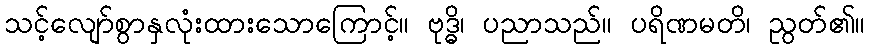
သင့်လျော်စွာနှလုံးထားသောကြောင့်။ ဗုဒ္ဓိ၊ ပညာသည်။ ပရိဏမတိ၊ ညွတ်၏။